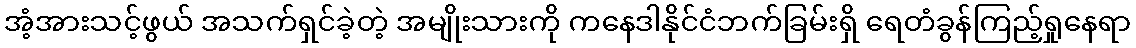
အံ့အားသင့်ဖွယ် အသက်ရှင်ခဲ့တဲ့ အမျိုးသားကို ကနေဒါနိုင်ငံဘက်ခြမ်းရှိ ရေတံခွန်ကြည့်ရှုနေရာ